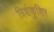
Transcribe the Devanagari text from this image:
त्रिशंकुशिर